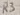
Text: R3